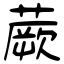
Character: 蕨